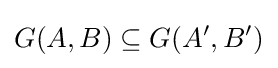
G(A,B)\subseteq G(A',B')